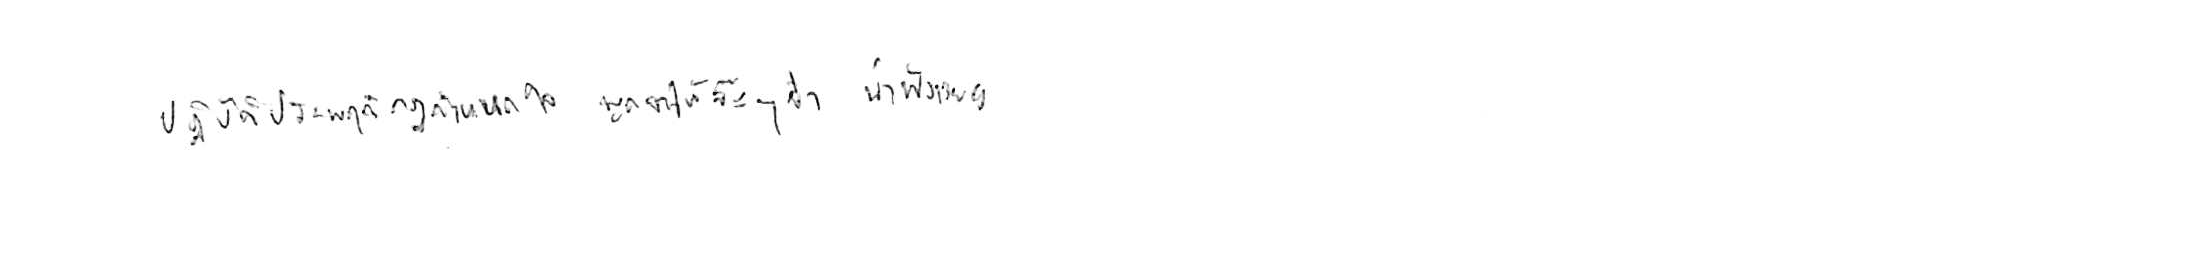
ปฏิบัติประพฤติกฎกำหนดใจ พูดจาให้จ๊ะๆ จ๋า น่าฟังเอยฯ